Papers set at the Examination for Leaving Certificates, 1894
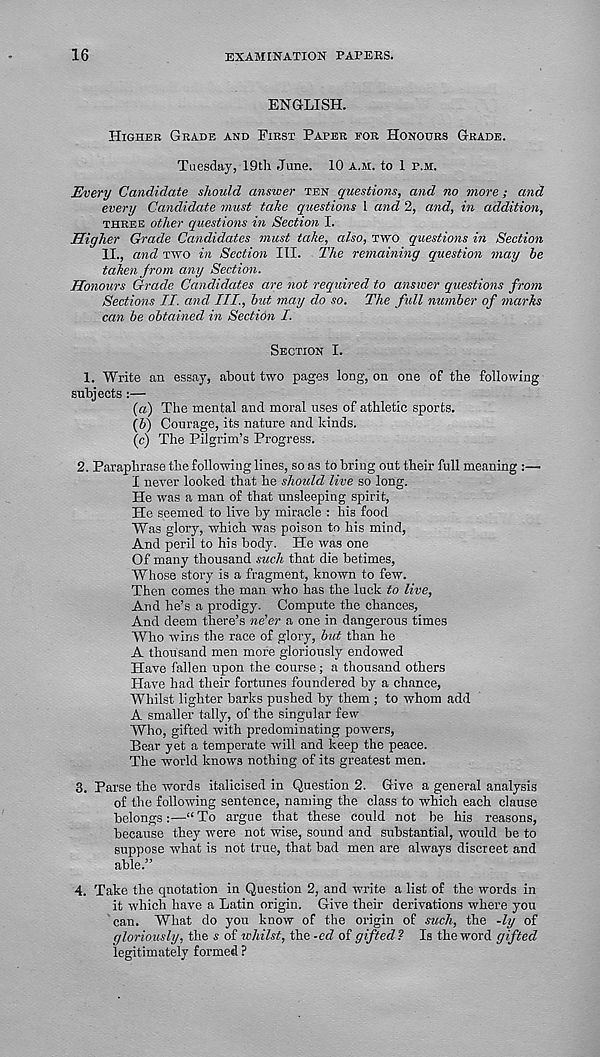
16
BXAMtNATION PAPERS.
ENGLISH.
Higher Grade and First Paper for Honours Grade.
Tuesday, 19th June. 10 a.m. to 1 r.M.
Every Candidate should answer ten questions, and no more; and
every Candidate must take questions 1 and 2, and, in addition,
three other questions in Section I.
Higher Grade Candidates must take, also, Tiro questions in Section
II., and two in Section III. The remaining question may he
taken from any Section.
Honours Grade Candidates are not required to answer questions from
Sections II. and III., hut may do so. The full number of marks
can be obtained in Section I.
Section I.
1. Write an essay, about two pages long, on one of the following
subjects :—
(а) The mental and moral uses of athletic sports.
(б) Courage, its nature and kinds.
(c) The Pilgrim’s Progress.
2. Paraphrase the following lines, so as to bring out their full meaning :—
I never looked that he should live so long.
He was a man of that unsleeping spirit,
He seemed to live by miracle : his food
Was glory, which was poison to his mind,
And peril to his body. He was one
Of many thousand such that die betimes,
Whose story is a fragment, known to few.
Then comes the man who has the luck to live,
And he’s a prodigy. Compute the chances,
And deem there’s ne'er a one in dangerous times
Who wins the race of glory, but than he
A thousand men more gloriously endowed
Have fallen upon the course; a thousand others
Have had their fortunes foundered by a chance,
Whilst lighter barks pushed by them ; to whom add
A smaller tally, of the singular few
Who, gifted with predominating powers,
Bear yet a temperate will and keep the peace.
The world knows nothing of its greatest men.
3. Parse the words italicised in Question 2. Give a general analysis
of the following sentence, naming the class to which each clause
belongs:—“ To argue that these could not be his reasons,
because they were not wise, sound and substantial, would be to
suppose what is not true, that bad men are always discreet and
able.”
4. Take the qnotation in Question 2, and write a list of the words in
it which have a Latin origin. Give their derivations where you
can. What do you know of the origin of such, the -ly of
gloriously, the s of whilst, the -ed of gifted ? Is the word gifted
legitimately formed ?